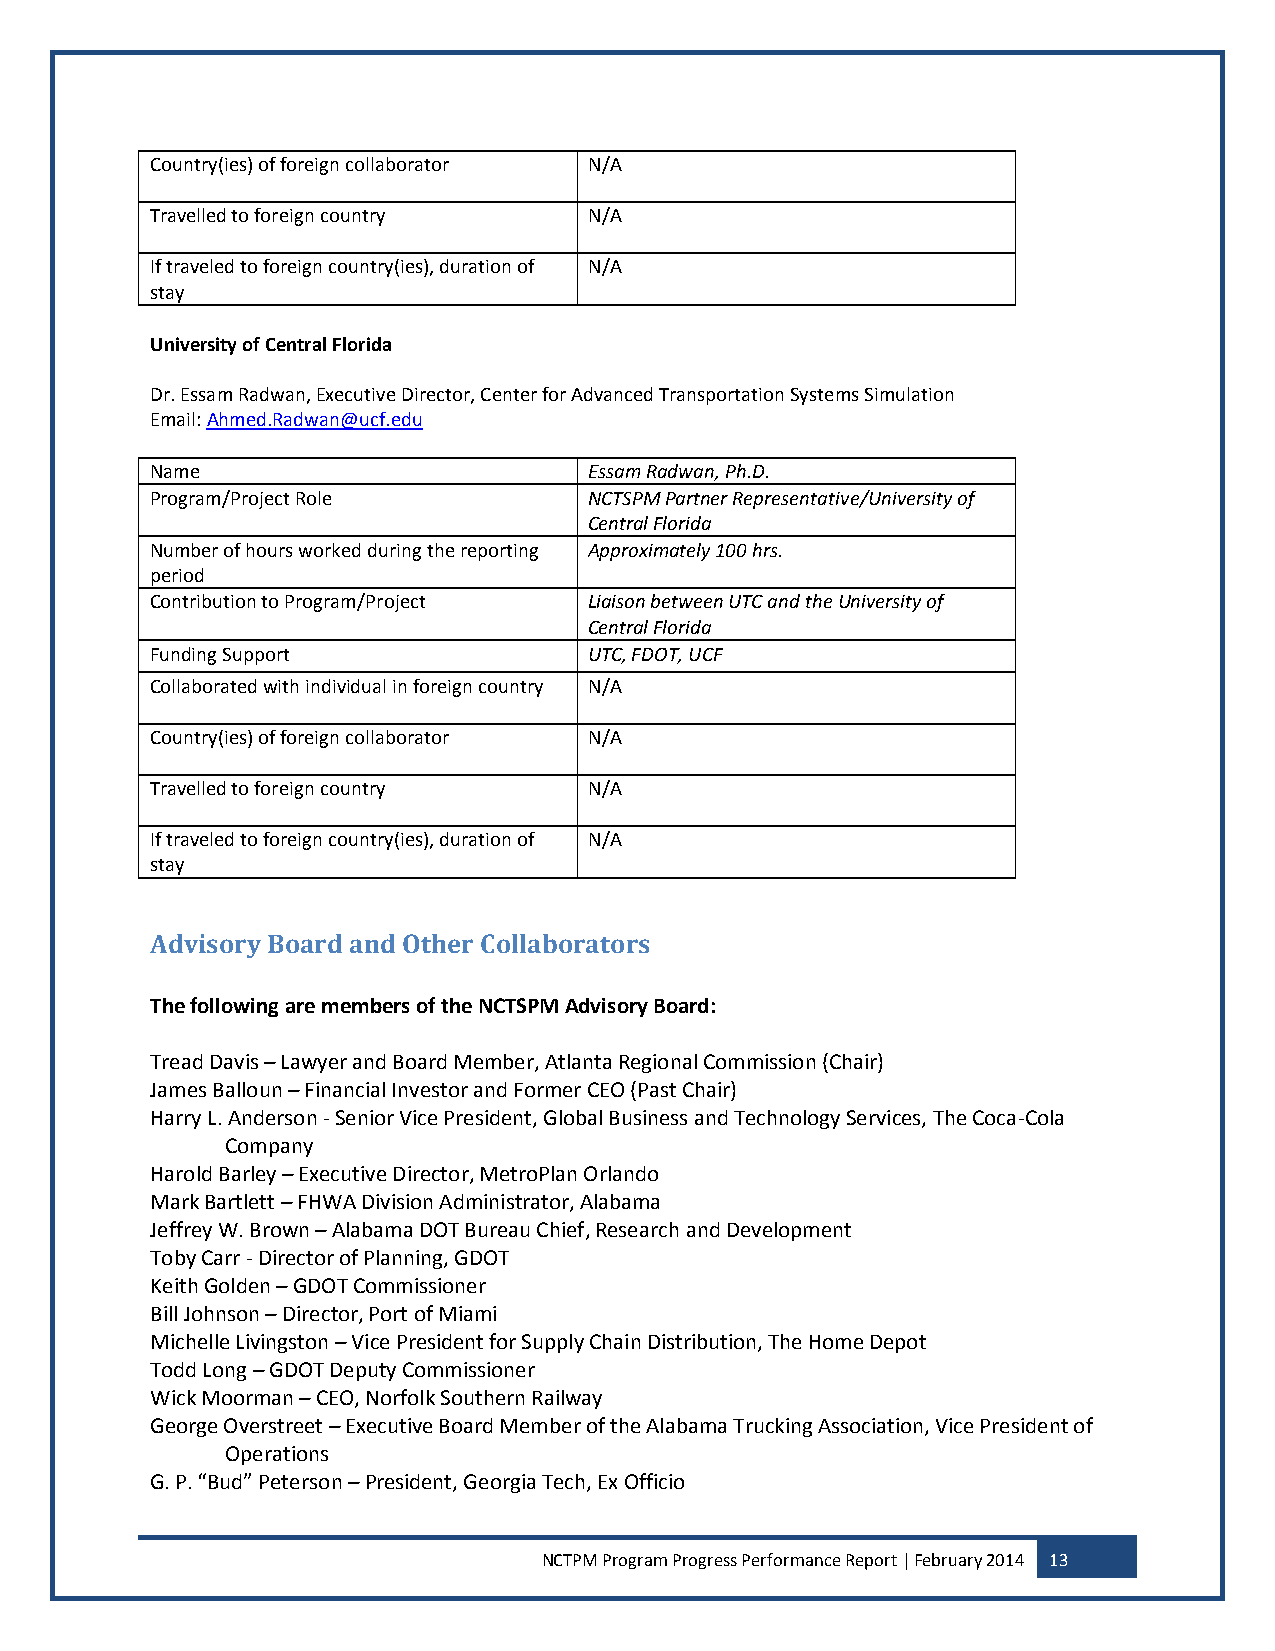
Country(ies) of foreign collaborator N/A
 Travelled to foreign country N/A
 If traveled to foreign country(ies), duration of N/A
 stay
 University of Central Florida
 Dr. Essam Radwan, Executive Director, Center for Advanced Transportation Systems Simulation
 Email: Ahmed.Radwan@ucf.edu
 Name                         Essam Radwan, Ph.D.
 Program/Project Role         NCTSPM Partner Representative/University of
 Central Florida
 Number of hours worked during the reporting Approximately 100 hrs.
 period
 Contribution to Program/Project Liaison between UTC and the University of
 Central Florida
 Funding Support              UTC, FDOT, UCF
 Collaborated with individual in foreign country N/A
 Country(ies) of foreign collaborator N/A
 Travelled to foreign country N/A
 If traveled to foreign country(ies), duration of N/A
 stay
 Advisory Board and Other Collaborators
 The following are members of the NCTSPM Advisory Board:
 Tread Davis – Lawyer and Board Member, Atlanta Regional Commission (Chair)
 James Balloun – Financial Investor and Former CEO (Past Chair)
 Harry L. Anderson - Senior Vice President, Global Business and Technology Services, The Coca-Cola
 Company
 Harold Barley – Executive Director, MetroPlan Orlando
 Mark Bartlett – FHWA Division Administrator, Alabama
 Jeffrey W. Brown – Alabama DOT Bureau Chief, Research and Development
 Toby Carr - Director of Planning, GDOT
 Keith Golden – GDOT Commissioner
 Bill Johnson – Director, Port of Miami
 Michelle Livingston – Vice President for Supply Chain Distribution, The Home Depot
 Todd Long – GDOT Deputy Commissioner
 Wick Moorman – CEO, Norfolk Southern Railway
 George Overstreet – Executive Board Member of the Alabama Trucking Association, Vice President of
 Operations
 G. P. “Bud” Peterson – President, Georgia Tech, Ex Officio
 NCTPM Program Progress Performance Report | February 2014 13